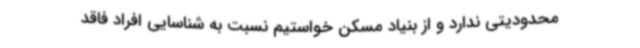
محدودیتی ندارد و از بنیاد مسکن خواستیم نسبت به شناسایی افراد فاقد